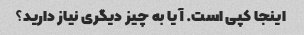
اینجا کپی است. آیا به چیز دیگری نیاز دارید؟